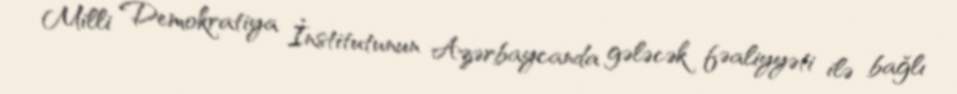
Milli Demokratiya İnstitutunun Azərbaycanda gələcək fəaliyyəti ilə bağlı